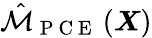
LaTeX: \hat{\mathcal{M}}_{\mathrm{~P~C~E~}}\left(\boldsymbol{X}\right)